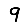
Digit: 9